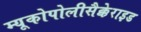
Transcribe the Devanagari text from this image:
म्यूकोपोलीसैक्केराइड